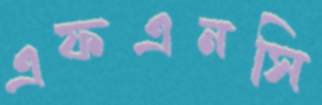
এফএনসি